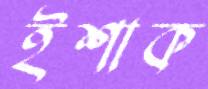
ইশাক